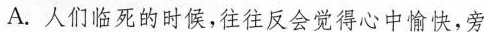
A.人们临死的时候，往往反会觉得心中愉快，旁